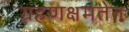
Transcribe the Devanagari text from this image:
ग्रहणक्षमतेत